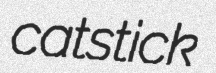
catstick